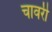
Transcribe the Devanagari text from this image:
चावरी